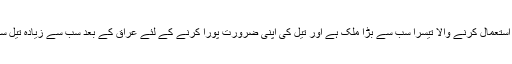
خیال رہے کہ ہندوستان دنیا میں تیل استعمال کرنے والا تیسرا سب سے بڑا ملک ہے اور تیل کی اپنی ضرورت پورا کرنے کے لئے عراق کے بعد سب سے زیادہ تیل سعودی عرب سے ہی درآمد کرتا ہے۔